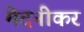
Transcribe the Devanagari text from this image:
मेदनीकर